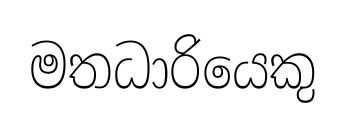
මතධාරියෙකු